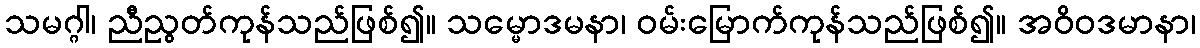
သမဂ္ဂါ၊ ညီညွတ်ကုန်သည်ဖြစ်၍။ သမ္မောဒမနာ၊ ဝမ်းမြောက်ကုန်သည်ဖြစ်၍။ အဝိဝဒမာနာ၊